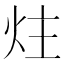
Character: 炷